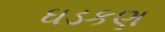
ઘડકણ